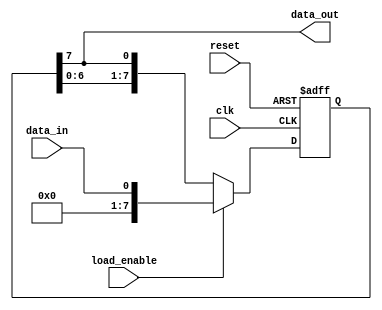
module LIFO (
    input wire clk,         // Clock signal
    input wire reset,       // Reset signal
    input wire data_in,     // Input data to be stored in shift register
    input wire load_enable, // Load enable signal
    output reg data_out     // Output data from shift register
);

reg [7:0] shift_reg;        // 8-bit shift register to store data
reg [2:0] counter;          // Counter to keep track of shift register position

always @(posedge clk or posedge reset) begin
    if (reset) begin
        shift_reg <= 8'b0; // Reset shift register
        counter <= 3'b0;    // Reset counter
    end else begin
        if (load_enable) begin
            shift_reg <= data_in; // Load data into shift register
            counter <= 3'b0;       // Reset counter
        end else begin
            counter <= counter + 1; // Increment counter to shift data
            shift_reg <= {shift_reg[6:0], shift_reg[7]}; // Shift data within register
        end
    end
end

assign data_out = shift_reg[7]; // Output most recent data from shift register

endmodule